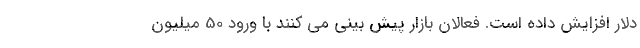
دلار افزایش داده است. فعالان بازار پیش بینی می کنند با ورود 50 میلیون